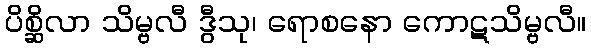
ပိစ္ဆိလာ သိမ္ဗလီ ဒွီသု၊ ရောစနော ကောဋသိမ္ဗလီ။